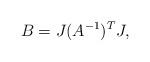
LaTeX: \begin{align*}B= J (A^{-1})^T J,\end{align*}